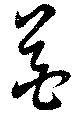
芲